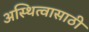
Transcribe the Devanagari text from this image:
अस्थित्वासाठी